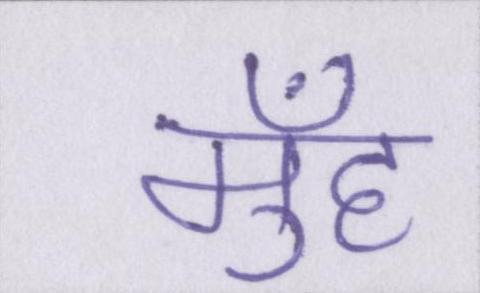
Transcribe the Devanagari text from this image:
मुँह